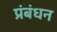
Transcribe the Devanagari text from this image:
प्रंबंधन